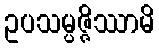
ဥပသမ္ပဇ္ဇိဿာမိ